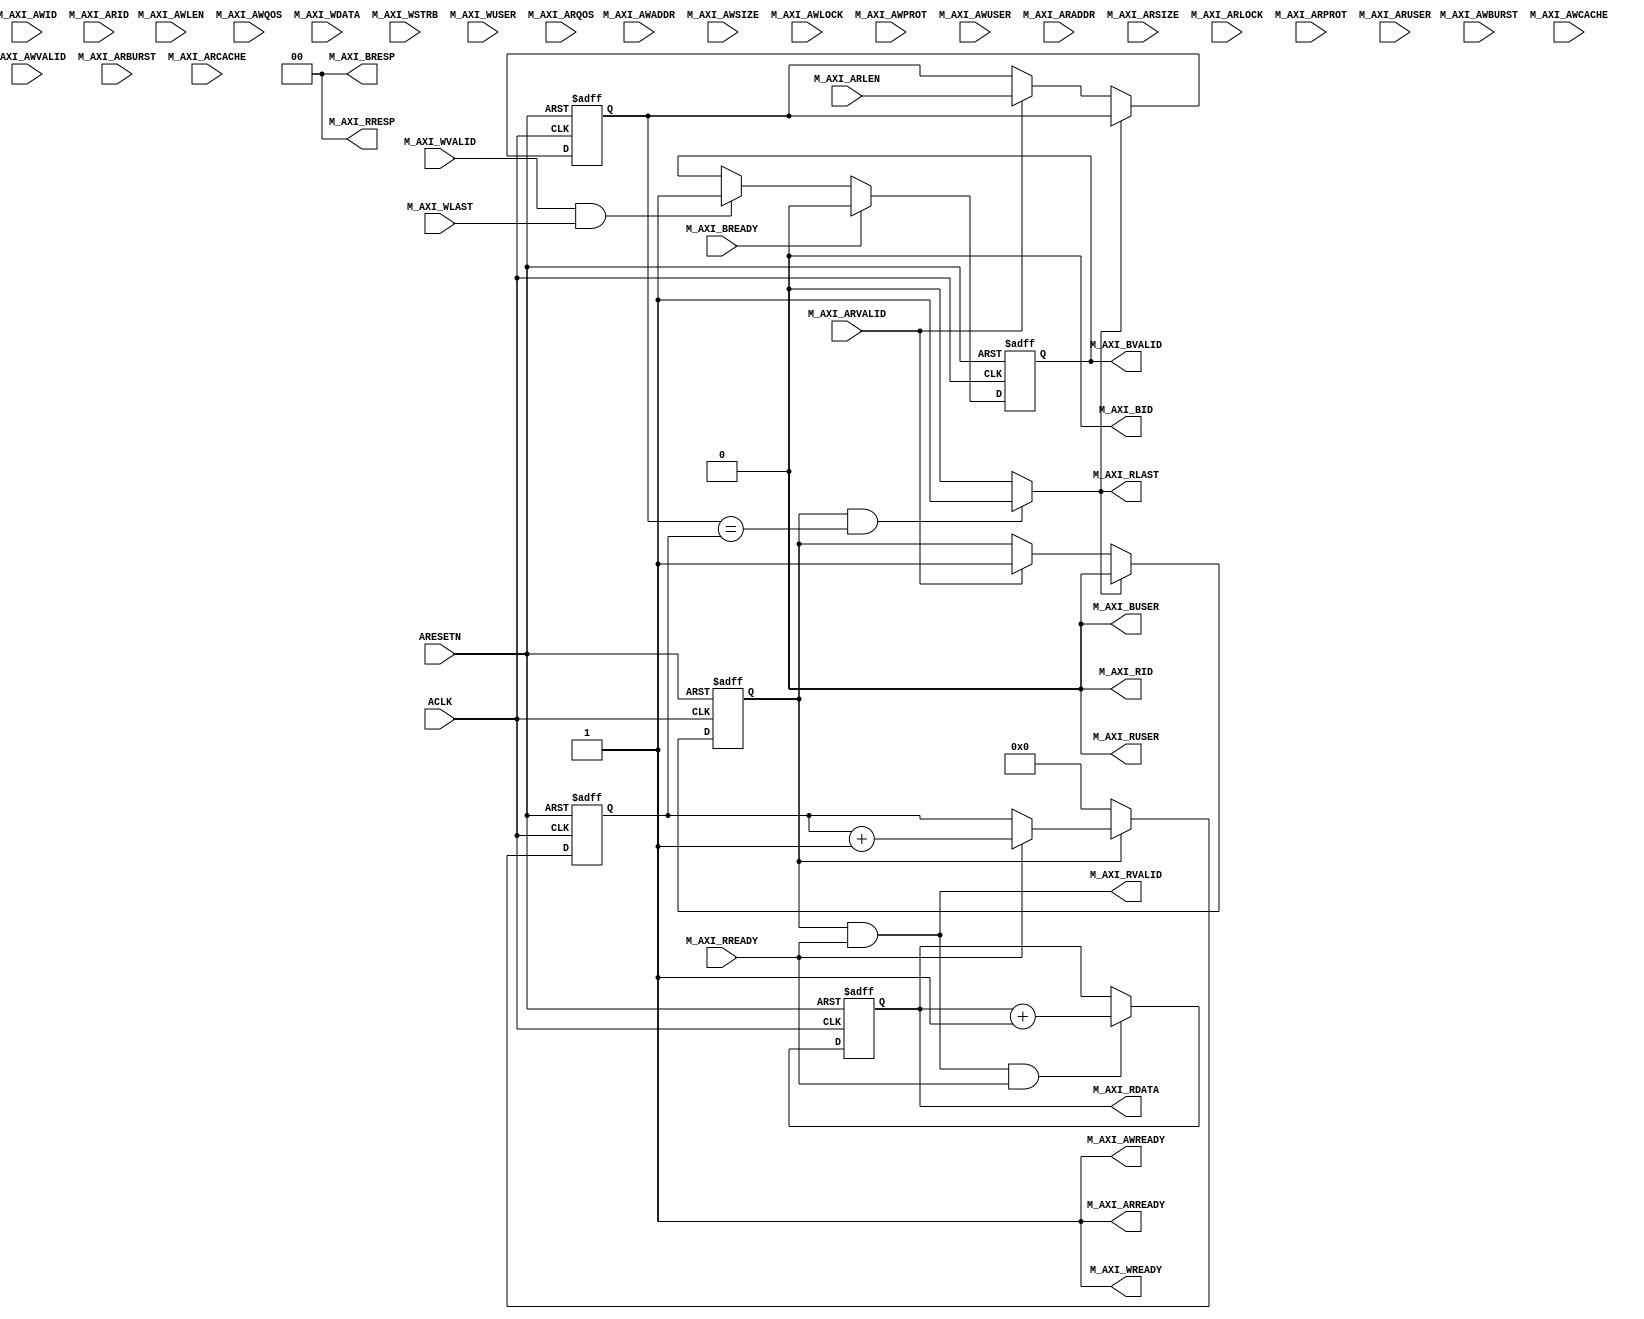
module tb_axi_slave_model
  (
   // Reset, Clock
   input            ARESETN,
   input            ACLK,

   // Master Write Address
   input [0:0]      M_AXI_AWID,
   input [31:0]     M_AXI_AWADDR,
   input [7:0]      M_AXI_AWLEN,
   input [2:0]      M_AXI_AWSIZE,
   input [1:0]      M_AXI_AWBURST,
   input            M_AXI_AWLOCK,
   input [3:0]      M_AXI_AWCACHE,
   input [2:0]      M_AXI_AWPROT,
   input [3:0]      M_AXI_AWQOS,
   input [0:0]      M_AXI_AWUSER,
   input            M_AXI_AWVALID,
   output reg       M_AXI_AWREADY,

   // Master Write Data
   input [31:0]     M_AXI_WDATA,
   input [3:0]      M_AXI_WSTRB,
   input            M_AXI_WLAST,
   input [0:0]      M_AXI_WUSER,
   input            M_AXI_WVALID,
   output reg       M_AXI_WREADY,

   // Master Write Response
   output reg [0:0] M_AXI_BID,
   output reg [1:0] M_AXI_BRESP,
   output reg [0:0] M_AXI_BUSER,
   output           M_AXI_BVALID,
   input            M_AXI_BREADY,

   // Master Read Address
   input [0:0]      M_AXI_ARID,
   input [31:0]     M_AXI_ARADDR,
   input [7:0]      M_AXI_ARLEN,
   input [2:0]      M_AXI_ARSIZE,
   input [1:0]      M_AXI_ARBURST,
   //  input [1:0]  M_AXI_ARLOCK,
   input [0:0]      M_AXI_ARLOCK,
   input [3:0]      M_AXI_ARCACHE,
   input [2:0]      M_AXI_ARPROT,
   input [3:0]      M_AXI_ARQOS,
   input [0:0]      M_AXI_ARUSER,
   input            M_AXI_ARVALID,
   output reg       M_AXI_ARREADY,

   // Master Read Data
   output reg [0:0] M_AXI_RID,
   output [31:0]    M_AXI_RDATA,
   output reg [1:0] M_AXI_RRESP,
   output           M_AXI_RLAST,
   output reg [0:0] M_AXI_RUSER,
   output           M_AXI_RVALID,
   input            M_AXI_RREADY
   );

   initial begin
      M_AXI_AWREADY  = 1;
      M_AXI_WREADY   = 1;
      M_AXI_BID      = 0;
      M_AXI_BRESP    = 0;
      M_AXI_BUSER    = 0;
      //M_AXI_BVALID = 0;
      M_AXI_ARREADY  = 1;
      M_AXI_RID      = 0;
      //M_AXI_RDATA  = 0;
      M_AXI_RRESP    = 0;
      //M_AXI_RLAST  = 0;
      M_AXI_RUSER    = 0;
      //M_AXI_RVALID = 0;
   end

   // AXI Read
   reg axi_rena;
   reg [31:0] count,rcount;
   reg [7:0]  axi_length;
   always @(posedge ACLK or negedge ARESETN) begin
      if(!ARESETN) begin
         count <= 32'd0;
         rcount <= 32'd0;
         axi_rena <= 0;
         axi_length <= 0;
         //        M_AXI_RVALID<=1'b0;
      end else begin
         if(M_AXI_RLAST) begin
            axi_rena <= 0;
         end else if(M_AXI_ARVALID) begin
            axi_rena <= 1;
            axi_length <= M_AXI_ARLEN;
         end

         if(axi_rena) begin
            if(M_AXI_RREADY) begin
               count <= count + 32'd1;
            end
         end else begin
            count <= 0;
         end

         if(M_AXI_RVALID & M_AXI_RREADY) begin
            rcount <= rcount + 32'd1;
         end
      end
   end
   assign M_AXI_RDATA  = {rcount};
   assign M_AXI_RLAST  = (axi_rena & (axi_length == count))?1:0;
   assign M_AXI_RVALID = axi_rena & M_AXI_RREADY;

   // AXI BResponse
   reg axi_wvalid;
   always @(posedge ACLK or negedge ARESETN)begin
      if(!ARESETN) begin
         axi_wvalid <= 0;
      end else begin
         if(M_AXI_BREADY) begin
            axi_wvalid <= 0;
         end else if (M_AXI_WVALID & M_AXI_WLAST) begin
            axi_wvalid <= 1;
         end
      end
   end

   assign M_AXI_BVALID  = axi_wvalid;

endmodule